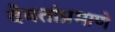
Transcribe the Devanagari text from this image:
देवतांप्रमाणे